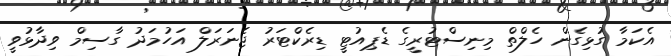
އެކަމާ ގުޅިގެން ހެލްތް މިނިސްޓުރީގެ ޑެޕިއުޓީ ޑިރެކްޓަރު ޖެނަރަލް އަހުމަދު ގާސިމް ވިދާޅުވީ